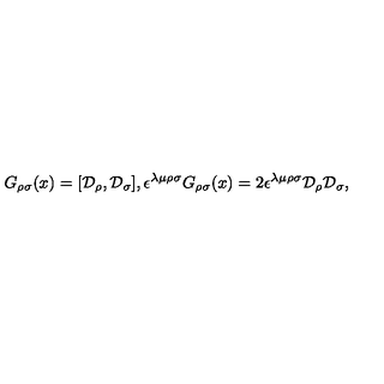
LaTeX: G _ { \rho \sigma } ( x ) = [ { \cal D } _ { \rho } , { \cal D } _ { \sigma } ] , \epsilon ^ { \lambda \mu \rho \sigma } G _ { \rho \sigma } ( x ) = 2 \epsilon ^ { \lambda \mu \rho \sigma } { \cal D } _ { \rho } { \cal D } _ { \sigma } ,